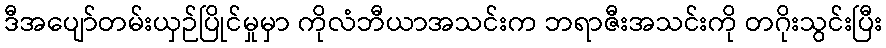
ဒီအပျော်တမ်းယှဉ်ပြိုင်မှုမှာ ကိုလံဘီယာအသင်းက ဘရာဇီးအသင်းကို တဂိုးသွင်းပြီး